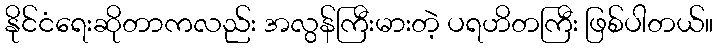
နိုင်ငံရေးဆိုတာကလည်း အလွန်ကြီးမားတဲ့ ပရဟိတကြီး ဖြစ်ပါတယ်။